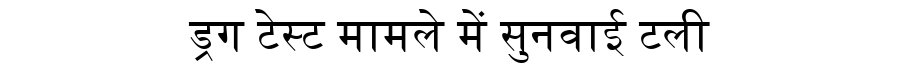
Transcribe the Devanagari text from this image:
ड्रग टेस्ट मामले में सुनवाई टली